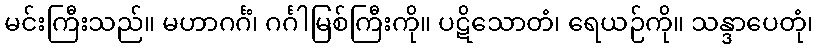
မင်းကြီးသည်။ မဟာဂင်္ဂံ၊ ဂင်္ဂါမြစ်ကြီးကို။ ပဋိသောတံ၊ ရေယဉ်ကို။ သန္ဒာပေတုံ၊